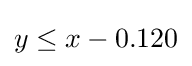
y\leq x-0.120